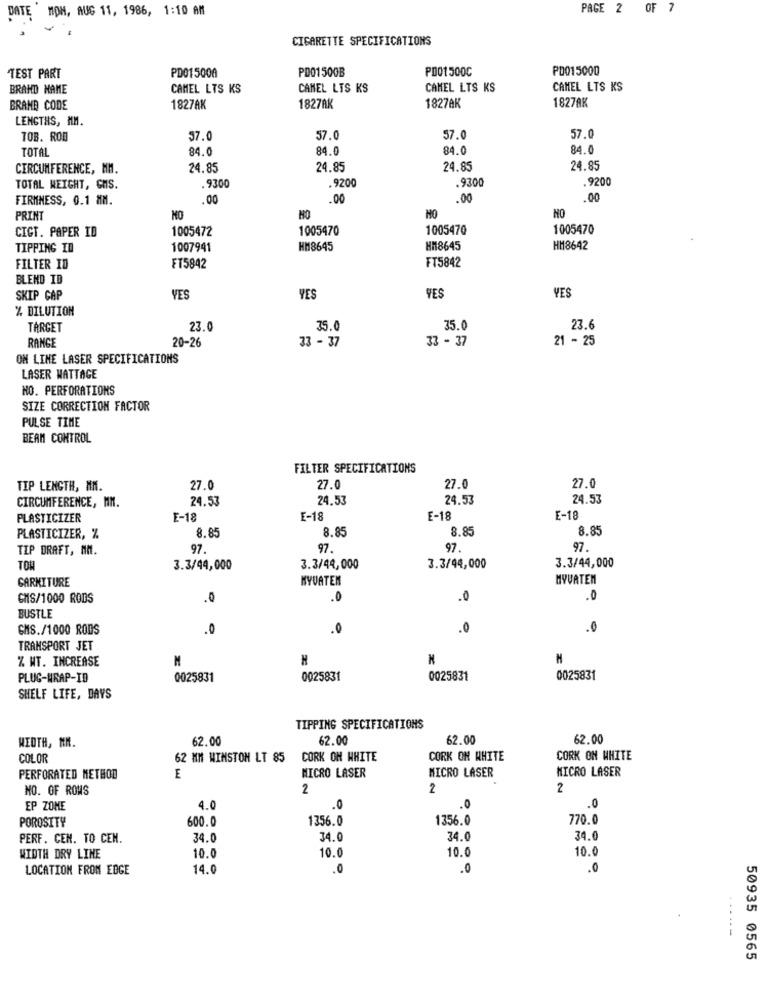
PAGE 2 OF 7
DATE MOM, AUG 11, 1986, 1:10 AM
CIGARETTE SPECIFICATIONS
PD01500A
PD01500B
PD01500C
PD015000
TEST PART
BRAND NAME
CAMEL LTS KS
CAMEL LIS KS
CAMEL LTS KS
CAMEL LTS KS
BRAND CODE
1827AK
1827AK
1827AK
1827AK
LENGTHS, MM.
57.0
TOB. ROD
37.0
57.0
57.0
TOTAL
84.0
84.0
84.0
84.0
CIRCUMFERENCE, MM.
24.85
24.85
24.85
24.85
.920
TOTAL WEIGHT, CMS.
.9300
.9200
.9300
FIRMNESS, 0.1 MM.
.00
.00
.00
.00
PRINT
MO
NO
NO
CIGT. PAPER ID
1005472
1005470
1005470
1005470
TIPPING ID
1007941
HM8645
HM8645
HM18642
FT5842
FILTER ID
FT5842
BLEND ID
YES
YES
SKIP CAP
YES
YES
% DILUTION
TARGET
23.0
35.0
35.0
23.6
RANGE
20-26
33 - 37
33 - 37
21 - 25
ON LINE LASER SPECIFICATIONS
LASER WATTAGE
NO. PERFORATIONS
SIZE CORRECTION FACTOR
PULSE TIME
BEAM CONTROL
FILTER SPECIFICATIONS
TIP LENGTH, MM.
27.0
27.0
27.0
27.0
24.53
24.53
24.53
24.53
CIRCUMFERENCE, MM.
PLASTICIZER
E-18
E-18
E-18
E-18
8.85
8.85
8.85
8.85
PLASTICIZER, %
TIP DRAFT, MM.
97.
97.
97
97
TOW
3.3/44,000
3.3/44,000
3.3/44,000
3.3/44,000
GARNITURE
KYVATEN
MYVATEN
CMS/1000 RODS
.0
.0
.0
.0
BUSTLE
GHS./1000 RODS
.0
.0
.0
.0
TRANSPORT JET
% MT. INCREASE
M
N
PLUG-WRAP-ID
0025831
0025831
0025831
0025831
SHELF LIFE, DAYS
TIPPING SPECIFICATIONS
62.00
62.00
62.00
62.00
WEDTH, MM.
COLOR
62 MM WINSTON LT 85 CORK ON WHITE
CORK ON WHITE
CORK ON WHITE
MICRO LASER
MICRO LASER
PERFORATED METHOD
E
MICRO LASER
NO. OF ROMS
2
2
2
EP ZONE
4.0
.0
O
POROSITY
600.0
1356.0
1356.0
770.0
PERF. CEN. TO CEN.
34.0
4.0
34.0
34.0
10.0
10.0
10.0
WIDTH DRY LINE
10.0
LOCATION FROM EDGE
14.0
.0
.0
.0
50935 0565